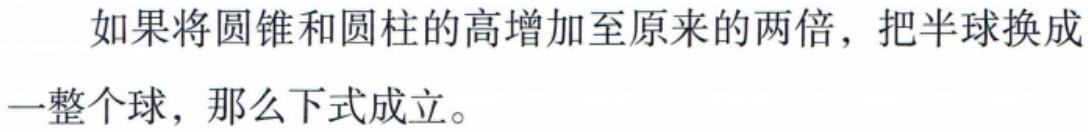
如果将圆锥和圆柱的高增加至原来的两倍，把半球换成一整个球，那么下式成立。